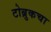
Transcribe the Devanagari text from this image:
टोब्रुकचा